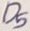
Text: Q5